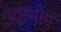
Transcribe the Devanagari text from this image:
अष्टभोग